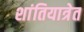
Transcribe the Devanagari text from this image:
शांतियात्रेत